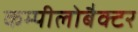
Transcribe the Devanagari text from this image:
कम्पीलोबैक्टर